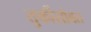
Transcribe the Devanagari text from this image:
तुर्कीसोबत